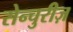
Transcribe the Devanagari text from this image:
सेन्चुरीज़